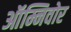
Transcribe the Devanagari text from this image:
ऑम्निवोर